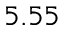
5 . 5 5